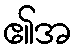
၏အ